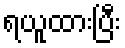
ရယူထားပြီး